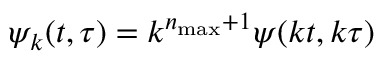
\psi _ { k } ( t , \tau ) = k ^ { n _ { \operatorname* { m a x } } + 1 } \psi ( k t , k \tau )